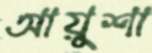
আয়ুশা